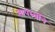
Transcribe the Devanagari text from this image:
तापध्वनि